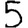
Digit: 5